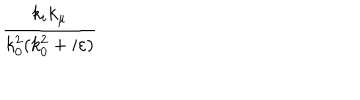
\frac { k _ { i } k _ { \mu } } { k _ { 0 } ^ { 2 } ( k _ { 0 } ^ { 2 } + i \varepsilon ) }